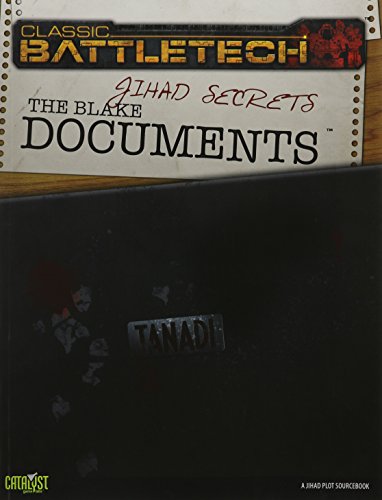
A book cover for Battletech Jihad Secrets The Blake Docum; Catalyst Game Labs; Science Fiction & Fantasy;